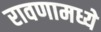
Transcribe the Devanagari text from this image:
रावणामध्ये